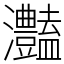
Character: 灎